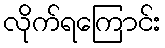
လိုက်ရကြောင်း